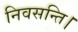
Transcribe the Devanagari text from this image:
निवसन्ति।